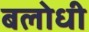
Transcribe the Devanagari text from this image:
बलोधी